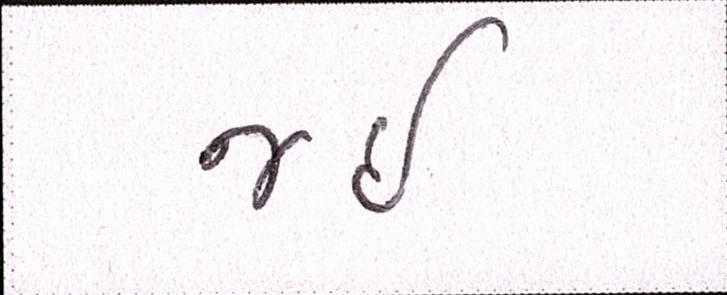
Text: જઈ